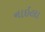
નાઇલા